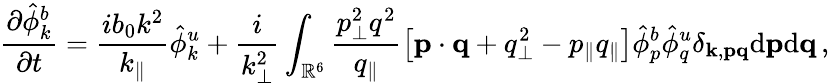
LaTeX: {\frac{\partial\hat{\phi}_{k}^{b}}{\partial t}}=\frac{ib_{0}k^{2}}{k_{\parallel}}\hat{\phi}_{k}^{u}+\frac{i}{k_{\perp}^{2}}\int_{\mathbb{R}^{6}}\frac{p_{\perp}^{2}q^{2}}{q_{\parallel}}\left[{\mathbf p}\cdot{\mathbf q}+q_{\perp}^{2}-p_{\parallel}q_{\parallel}\right]\hat{\phi}_{p}^{b}\hat{\phi}_{q}^{u}\delta_{{\mathbf k},{\mathbf p}{\mathbf q}}\mathrm{d}{\mathbf p}\mathrm{d}{\mathbf q}\, ,